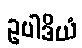
ဥပါဒိယံ